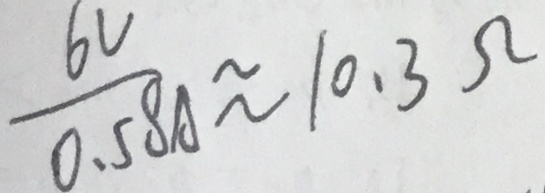
\frac { 6 V } { 0 . 5 8 A } \approx 1 0 . 3 \Omega